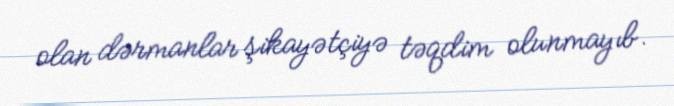
olan dərmanlar şikayətçiyə təqdim olunmayıb.